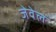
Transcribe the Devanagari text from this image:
जेवेल